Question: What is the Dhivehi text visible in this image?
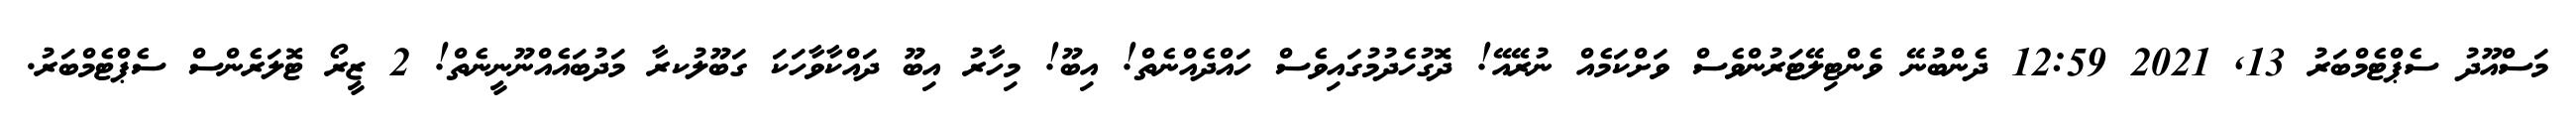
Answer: މަސްއޫދު ސެޕްޓެމްބަރު 13, 2021 12:59 ދެންބުނޭ ވެންޓިލޭޓަރުންވެސް ވަށްކަމެއް ނުރޭއޭ! ދޮގުހެދުމުގައިވެސް ހައްދެއްނެތް! އިބޫ! މިހާރު އިބޫ ދައްކާވާހަކަ ގަބޫލުކރާ މަދުބައެއްނޫނީނެތް! 2 ޒީރޯ ޓޮލަރެންސް ސެޕްޓެމްބަރު.